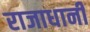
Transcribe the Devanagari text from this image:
राजाधानी